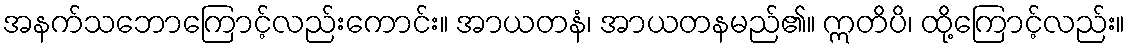
အနက်သဘောကြောင့်လည်းကောင်း။ အာယတနံ၊ အာယတနမည်၏။ ဣတိပိ၊ ထို့ကြောင့်လည်း။